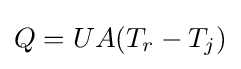
Q=UA(T_{r}-T_{j})